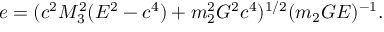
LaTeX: e = ( c ^ { 2 } M _ { 3 } ^ { 2 } ( E ^ { 2 } - c ^ { 4 } ) + m _ { 2 } ^ { 2 } G ^ { 2 } c ^ { 4 } ) ^ { 1 / 2 } ( m _ { 2 } G E ) ^ { - 1 } .